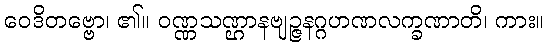
ဝေဒိတဗ္ဗော၊ ၏။ ဝဏ္ဏသဏ္ဌာနဗျဉ္ဇနဂ္ဂဟဏလက္ခဏာတိ၊ ကား။